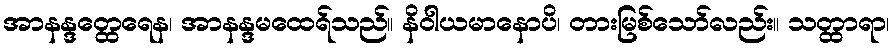
အာနန္ဒတ္ထေရေန၊ အာနန္ဒမထေရ်သည်။ နိဝါယမာနောပိ၊ တားမြစ်သော်လည်း။ သတ္ထာရာ၊